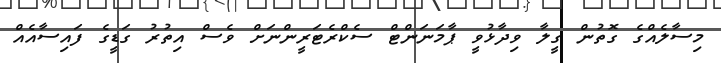
މިސާލެއްގެ ގޮތުން ގީލާ ވިދާޅުވީ ޕާމަނަންޓް ސެކްރެޓަރީންނަށް ވެސް އިތުރު ގަޑީގެ ފައިސާއެއް